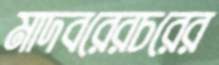
মাদবরেরচরের